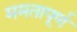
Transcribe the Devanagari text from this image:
ममतापूर्ण